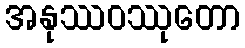
အနုဿဝဿုတော